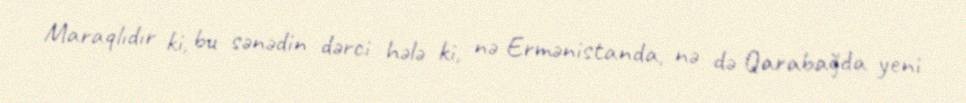
Maraqlıdır ki, bu sənədin dərci hələ ki, nə Ermənistanda, nə də Qarabağda yeni